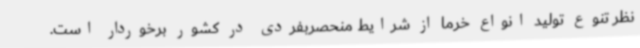
نظر تنوع تولید انواع خرما از شرایط منحصربفردی در کشور برخوردار است.